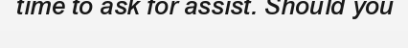
time to ask for assist. Should you